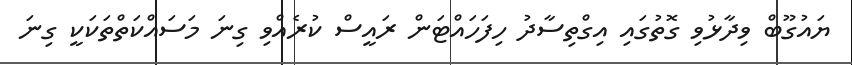
ޔައުގޫބް ވިދާޅުވި ގޮތުގައި އިގްތިސާދު ހިފަހައްޓަން ރައީސް ކުރެއްވި ގިނަ މަސައްކަތްތަކަކީ ގިނަ